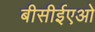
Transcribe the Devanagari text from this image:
बीसीईएओ